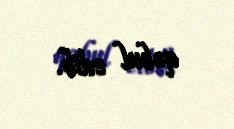
qəbul edib.